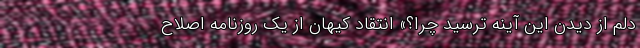
دلم از دیدن این آینه ترسید چرا؟» انتقاد کیهان از یک روزنامه اصلاح